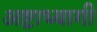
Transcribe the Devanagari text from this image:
अष्टाध्यागी